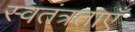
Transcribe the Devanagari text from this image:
स्वतंत्रताएँ